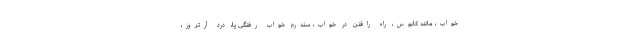
خواب، مانند کابوس، راه رافتن در خواب، سندرم خواب رفتگی پا، درد آرتروز،